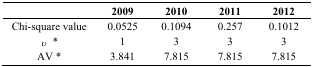
|  | 2009 | 2010 | 2011 | 2012 |
 | --- | --- | --- | --- | --- |
 | Chi-square value | 0.0525 | 0.1094 | 0.257 | 0.1012 |
 | υ * | 1 | 3 | 3 | 3 |
 | AV * | 3.841 | 7.815 | 7.815 | 7.815 |